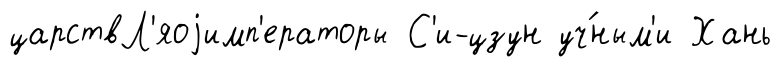
царствЛ'яоjимп'ераторы С'и-цзун уч́ным'и Хань